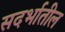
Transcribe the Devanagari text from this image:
सदर्भातील